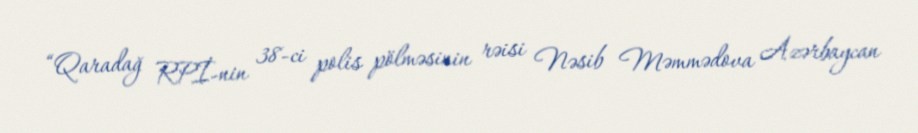
“Qaradağ RPİ-nin 38-ci polis pölməsinin rəisi Nəsib Məmmədova Azərbaycan